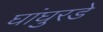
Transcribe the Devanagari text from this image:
घांघुरडे